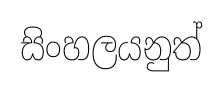
සිංහලයනුත්